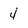
Character: 4